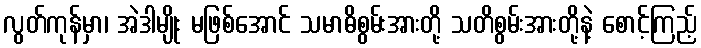
လွတ်ကုန်မှာ၊ အဲဒါမျိုး မဖြစ်အောင် သမာဓိစွမ်းအားတို့ သတိစွမ်းအားတို့နဲ့ စောင့်ကြည့်